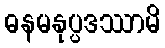
ဓနမနုပ္ပဒဿာမိ